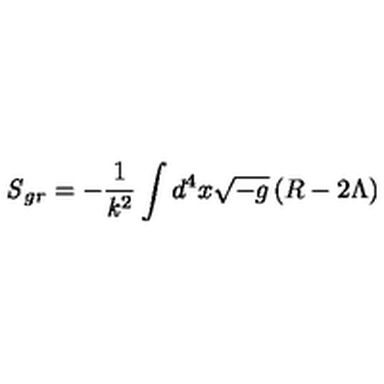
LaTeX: { \it S } _ { g r } = - \frac { 1 } { { \it k } ^ { 2 } } \int d ^ { 4 } x \sqrt { - g } \left( R - 2 \Lambda \right)